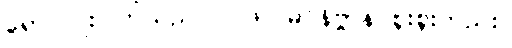
ရောင်ပြိုးပြက်သည်။ ။ ဖိုလ်မဂ်နိဗ္ဗာန် စူးစူးတည်း။